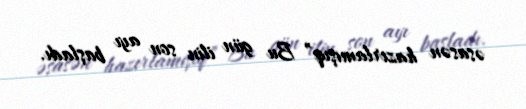
əsasən hazırlamışıq” Bu gün ilin son ayı başladı.